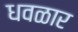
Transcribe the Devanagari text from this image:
धवळार